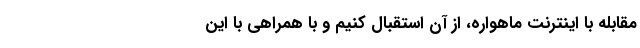
مقابله با اینترنت ماهواره، از آن استقبال کنیم و با همراهی با این